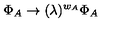
\Phi _ { A } \rightarrow ( \lambda ) ^ { w _ { A } } \Phi _ { A }